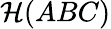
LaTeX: \mathcal{H}(ABC)